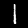
Digit: 1